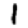
Digit: 1